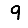
Digit: 9